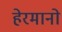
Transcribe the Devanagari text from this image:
हेरमानो